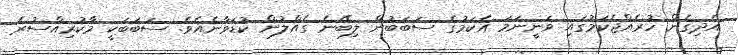
އެދިގެން ހުރެއްޖެކަމުގައި ވަނީނަމަ އެކަމުގެ ސަބަބުން ލިބޭނެ ގެއްލުން ކުޑަވާނެއެވެ. ސަބަބަކީ މާކުރިއްސުރެ